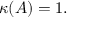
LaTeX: \kappa ( A ) = 1 .